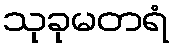
သုခုမတရံ